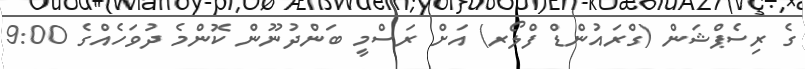
ގެ ރިސެޕްޝަން (ގްރައުންޑް ފްލޯރ) އަށް ރަސްމީ ބަންދުނޫން ކޮންމެ ދުވަހެއްގެ 9:00